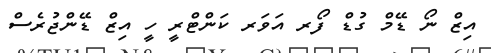
އިޒް ނޯ ޑޭމް ގުޑް ފޯރ އަވަރ ކަންޓްރީ ހީ އިޒް ޑޭންޖުރެސް